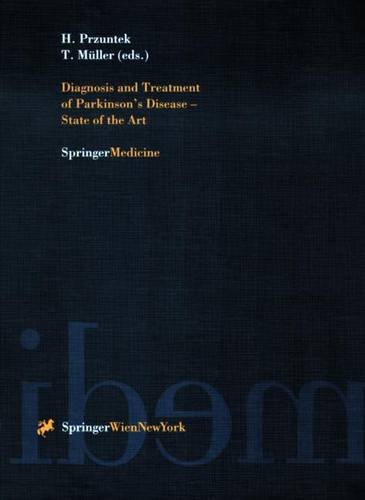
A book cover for Diagnosis and Treatment of Parkinson's Disease  State of the Art (Journal of Neural Transmission. Supplementa); Medical Books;